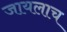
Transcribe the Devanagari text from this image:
जायलाच